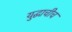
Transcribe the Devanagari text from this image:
युद्धाचीच